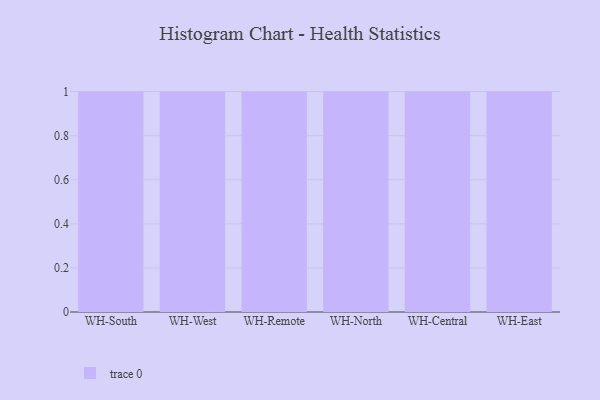
{"axis": {"x": "Warehouse", "y": "Energy Usage (MWh)"}, "legend": [""], "data": [{"x": "WH-South", "y": 64, "type": ""}, {"x": "WH-West", "y": 100, "type": ""}, {"x": "WH-Remote", "y": 27, "type": ""}, {"x": "WH-North", "y": 79, "type": ""}, {"x": "WH-Central", "y": 37, "type": ""}, {"x": "WH-East", "y": 5, "type": ""}]}